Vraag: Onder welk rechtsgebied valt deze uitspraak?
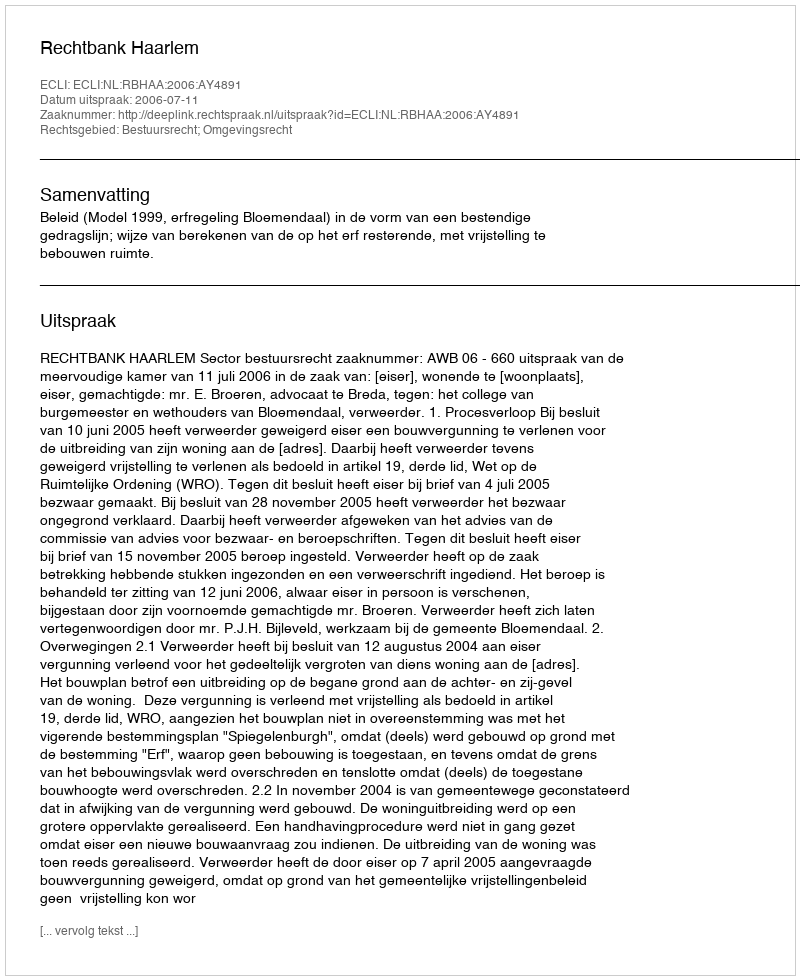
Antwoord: Bestuursrecht; Omgevingsrecht